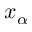
x _ { \alpha }